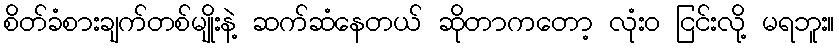
စိတ်ခံစားချက်တစ်မျိုးနဲ့ ဆက်ဆံနေတယ် ဆိုတာကတော့ လုံးဝ ငြင်းလို့ မရဘူး။